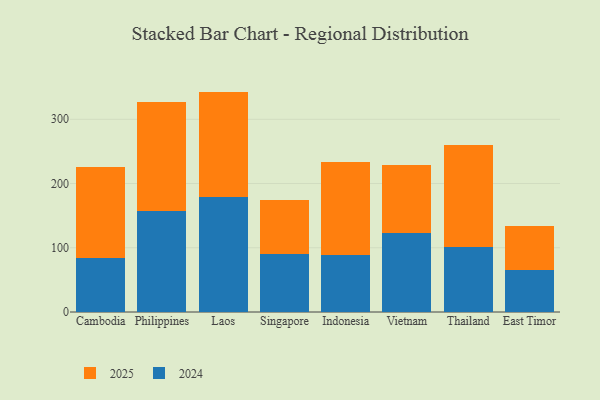
{"axis": {"x": "Country", "y": "Demand Index"}, "legend": ["2024", "2025"], "data": [{"x": "Cambodia", "y": 84.8, "type": "2024"}, {"x": "Cambodia", "y": 140.7, "type": "2025"}, {"x": "Philippines", "y": 157.1, "type": "2024"}, {"x": "Philippines", "y": 170.5, "type": "2025"}, {"x": "Laos", "y": 179.8, "type": "2024"}, {"x": "Laos", "y": 163.3, "type": "2025"}, {"x": "Singapore", "y": 90.2, "type": "2024"}, {"x": "Singapore", "y": 83.9, "type": "2025"}, {"x": "Indonesia", "y": 88.6, "type": "2024"}, {"x": "Indonesia", "y": 145.6, "type": "2025"}, {"x": "Vietnam", "y": 123.1, "type": "2024"}, {"x": "Vietnam", "y": 105.1, "type": "2025"}, {"x": "Thailand", "y": 100.6, "type": "2024"}, {"x": "Thailand", "y": 159.1, "type": "2025"}, {"x": "East Timor", "y": 64.8, "type": "2024"}, {"x": "East Timor", "y": 68.6, "type": "2025"}]}